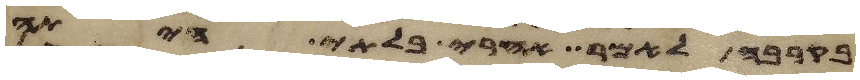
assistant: בקרבה לאמר אחרי בלתי היתה